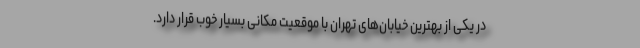
در یکی از بهترین خیابان‌های تهران با موقعیت مکانی بسیار خوب قرار دارد.